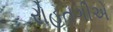
રોહતગીએ